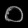
Digit: ၀